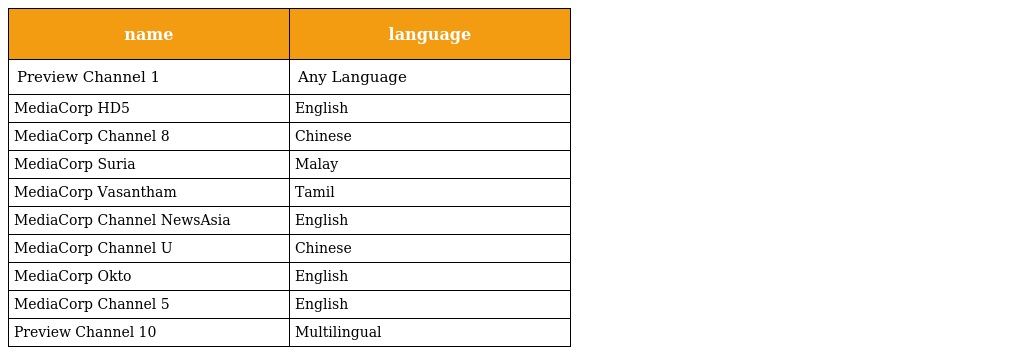
| name | language |
 | --- | --- |
 | Preview Channel 1 | Any Language |
 | MediaCorp HD5 | English |
 | MediaCorp Channel 8 | Chinese |
 | MediaCorp Suria | Malay |
 | MediaCorp Vasantham | Tamil |
 | MediaCorp Channel NewsAsia | English |
 | MediaCorp Channel U | Chinese |
 | MediaCorp Okto | English |
 | MediaCorp Channel 5 | English |
 | Preview Channel 10 | Multilingual |